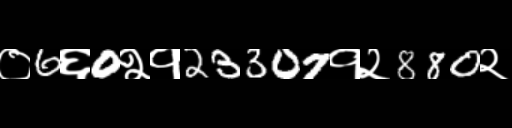
Text: ०6६0२१23307१२880२